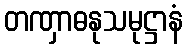
တဏှာဓနုသမုဋ္ဌာနံ